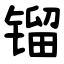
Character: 镏